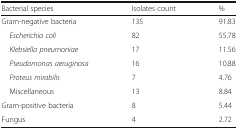
| Bacterial species | Isolates count | % |
 | --- | --- | --- |
 | Gram-negative bacteria | 135 | 91.83 |
 | Escherichia coli | 82 | 55.78 |
 | Klebsiella pneumoniae | 17 | 11.56 |
 | Pseudomonas aeruginosa | 16 | 10.88 |
 | Proteus mirabilis | 7 | 4.76 |
 | Miscellaneous | 13 | 8.84 |
 | Gram-positive bacteria | 8 | 5.44 |
 | Fungus | 4 | 2.72 |